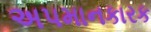
અપમાનકારક